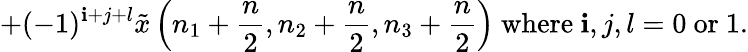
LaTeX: +(-1)^{\mathbf{i}+j+l}{\tilde{{x}}}\left(n_{1}+{\frac{{n}}{{2}}},n_{2}+{\frac{{n}}{{2}}},n_{3}+{\frac{{n}}{{2}}}\right){\mathrm{{~where~}}}\mathbf{i},j,l=0{\mathrm{{~or~}}}1.